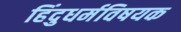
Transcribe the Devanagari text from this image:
हिंदुधर्मविषयक